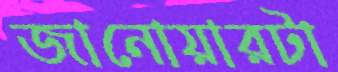
জানোয়ারটা